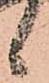
候